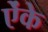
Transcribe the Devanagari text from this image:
ऐंके